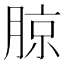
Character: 𰗉